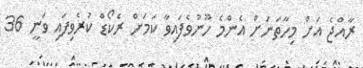
ރާއްޖެ އަށް މިހާތަނަށް އެންމެ ހޫނުވެފައިވާ ކަމަށް ރެކޯޑް ކުރެވިފައި ވަނީ 36